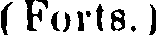
(Forts.)